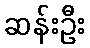
ဆန်းဦး